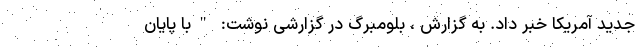
جدید آمریکا خبر داد. به گزارش ، بلومبرگ در گزارشی نوشت: "با پایان